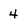
Character: 4